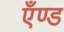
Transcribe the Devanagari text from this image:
एँण्ड